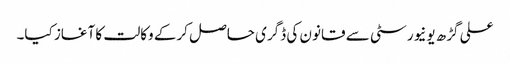
علی گڑھ یونیورسٹی سے قانون کی ڈگری حاصل کرکے وکالت کا آغاز کیا۔